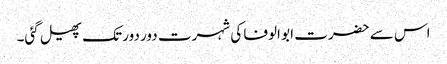
اس سے حضرت ابو الوفا کی شہرت دور دور تک پھیل گئی۔